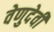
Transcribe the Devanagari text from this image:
वेणुदेवी